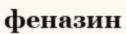
феназин